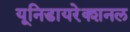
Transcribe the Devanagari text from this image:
यूनिडायरेक्शनल